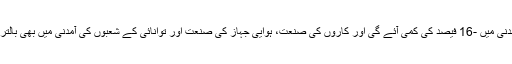
انہوں نے کہا کہ ترقی پذیر ممالک کی آمدنی میں -16 فیصد کی کمی آئے گی اور کاروں کی صنعت، ہوایی جہاز کی صنعت اور توانائی کے شعبوں کی آمدنی میں بھی بالترتیب -44، -42 اور -13 کی کمی ہوگی۔